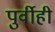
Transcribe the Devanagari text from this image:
पुर्वीही